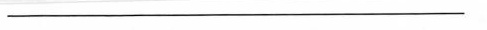
___